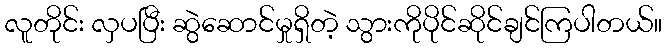
လူတိုင်း လှပပြီး ဆွဲဆောင်မှုရှိတဲ့ သွားကိုပိုင်ဆိုင်ချင်ကြပါတယ်။